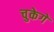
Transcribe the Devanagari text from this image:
चुकेगें